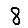
Digit: 8